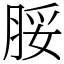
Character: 脮